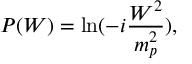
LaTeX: { \cal P } ( W ) = \ln ( - i \frac { W ^ { 2 } } { m _ { p } ^ { 2 } } ) ,